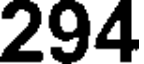
294